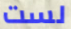
لست